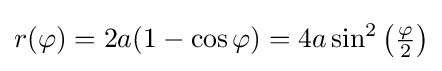
r(\varphi )=2a(1-\cos \varphi )=4a\sin ^{2}\left({\tfrac {\varphi }{2}}\right)